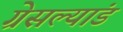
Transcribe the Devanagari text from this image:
ग्रेसल्यांड